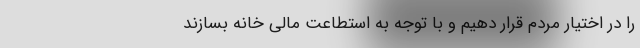
را در اختیار مردم قرار دهیم و با توجه به استطاعت مالی خانه بسازند